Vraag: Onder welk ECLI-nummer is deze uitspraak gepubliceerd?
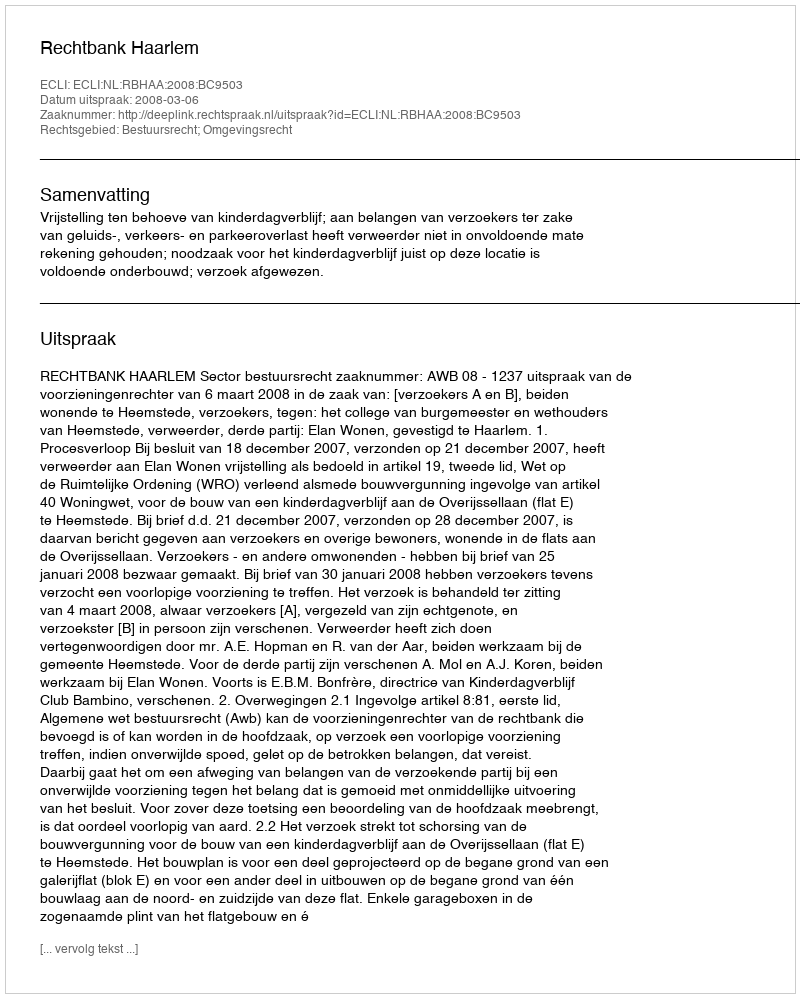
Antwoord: ECLI:NL:RBHAA:2008:BC9503